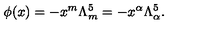
\phi ( x ) = - x ^ { m } \Lambda _ { m } ^ { 5 } = - x ^ { \alpha } \Lambda _ { \alpha } ^ { 5 } .